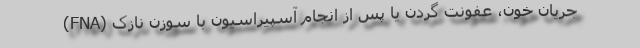
جریان خون، عفونت گردن یا پس از انجام آسپیراسیون با سوزن نازک (FNA)